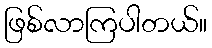
ဖြစ်လာကြပါတယ်။